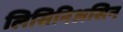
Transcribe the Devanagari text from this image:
लिसिनिअसिन